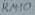
Text: RM10